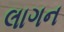
લાગન